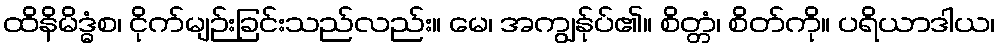
ထိနိမိဒ္ဓံစ၊ ငိုက်မျဉ်းခြင်းသည်လည်း။ မေ၊ အကျွန်ုပ်၏။ စိတ္တံ၊ စိတ်ကို။ ပရိယာဒါယ၊